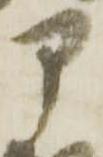
部